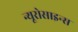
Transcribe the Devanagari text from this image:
न्यूरोसाइन्स